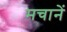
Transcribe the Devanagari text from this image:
मचानें